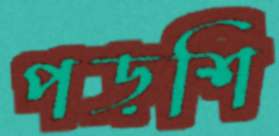
পড়শি